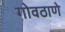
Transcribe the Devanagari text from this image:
गोवठाणे